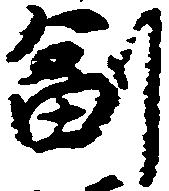
副